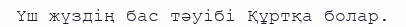
Үш жүздің бас тәуібі Құртқа болар.